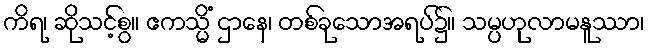
ကိရ၊ ဆိုသင့်စွ။ ဧကသ္မိံ ဌာနေ၊ တစ်ခုသောအရပ်၌။ သမ္ပဟုလာမနူဿာ၊